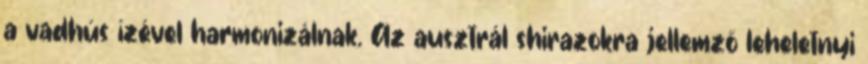
a vadhús ízével harmonizálnak. Az ausztrál shirazokra jellemző leheletnyi